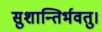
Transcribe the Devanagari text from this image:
सुशान्तिर्भवतु।